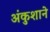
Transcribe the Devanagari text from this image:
अंकुशाने